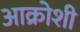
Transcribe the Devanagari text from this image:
आक्रोशी